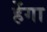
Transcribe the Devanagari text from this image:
हेंगा